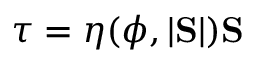
\boldsymbol { \tau } = \eta ( \phi , | \mathrm { \bf S } | ) \mathrm { \bf S }